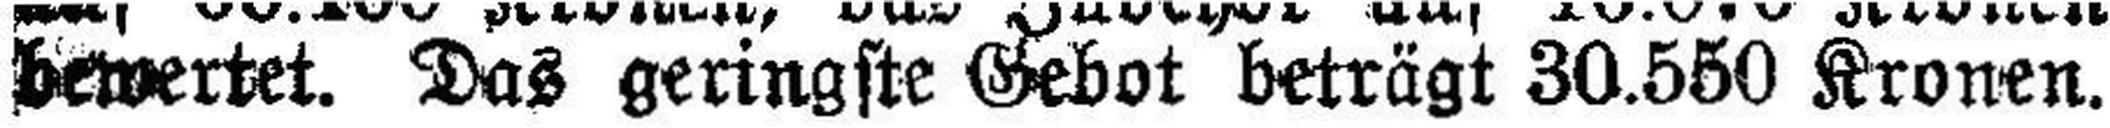
bewertet. Das geringste Gebot beträgt 30.550 Kronen.